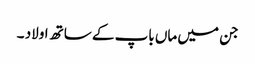
جن میں ماں باپ کے ساتھ اولاد ۔